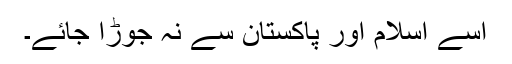
اسے اسلام اور پاکستان سے نہ جوڑا جائے۔